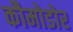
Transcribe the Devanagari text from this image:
कौमोडोर